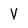
Character: V